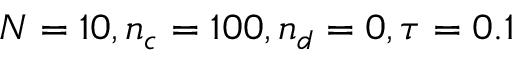
N = 1 0 , n _ { c } = 1 0 0 , n _ { d } = 0 , \tau = 0 . 1